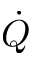
\dot { Q }